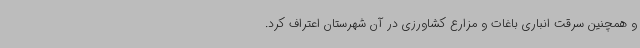
و همچنین سرقت انباری باغات و مزارع کشاورزی در آن شهرستان اعتراف کرد.